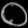
Digit: ၀